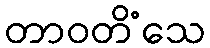
တာဝတိံသေ